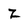
Character: Z